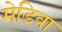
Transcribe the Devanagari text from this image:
मेडिवा